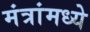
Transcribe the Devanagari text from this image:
मंत्रांमध्ये